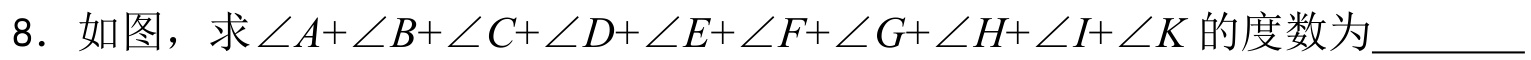
8. 如图，求\(\angle A+\angle B+\angle C+\angle D+\angle E+\angle F+\angle G+\angle H+\angle I+\angle K\)的度数为________